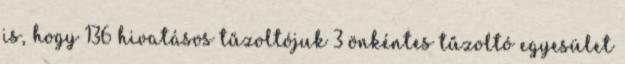
is, hogy 136 hivatásos tűzoltójuk 3 önkéntes tűzoltó egyesület